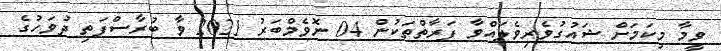
ވީމާ މިކަމަށް ޝައުގުވެރިވެލައްވާ ފަރާތްތަކުން 04 ނޮވެމްބަރު 2021 ވާ ބުރާސްފަތި ދުވަހުގެ